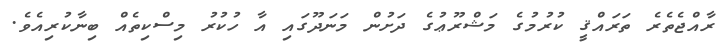
ރާއްޖެތެރެ ތަރައްޤީ ކުރުމުގެ މަޝްރޫޢުގެ ދަށުން މަނަދޫގައި އާ ހުކުރު މިސްކިތެއް ބިނާކުރިއެވެ.